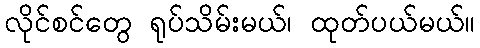
လိုင်စင်တွေ ရုပ်သိမ်းမယ်၊ ထုတ်ပယ်မယ်။